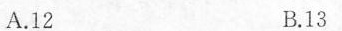
A.12 B.13